Subject: math
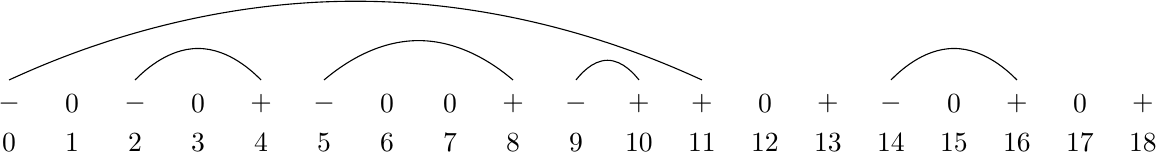
LaTeX code:
\begin{tikzpicture}[xscale=.8]
\foreach \k in {0,2,5,9,14} {\node at (\k,1.7){$-$};}
\foreach \k in {1,3,6,7,12,15,17} {\node at (\k,1.7){$0$};}
\foreach \k in {4,8,10,11,13,16,18} {\node at (\k,1.7){$+$};}
\foreach \k in {0,1,...,18} {\node at (\k,1.2){$\k$};}
\draw (2,2) parabola[parabola height=.4cm] +(2,0);
\draw (5,2) parabola[parabola height=.5cm] +(3,0);
\draw (9,2) parabola[parabola height=.25cm] +(1,0);
\draw (14,2) parabola[parabola height=.4cm] +(2,0);
\draw (0,2) parabola[parabola height=1cm] +(11,0);
\end{tikzpicture}